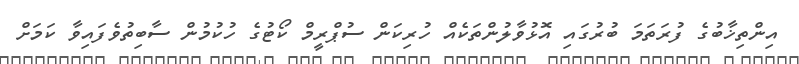
އިންތިޚާބުގެ ފުރަތަމަ ބުރުގައި އޮޅުވާލުންތަކެއް ހުރިކަން ސުޕްރީމް ކޯޓުގެ ހުކުމުން ސާބިތުވެފައިވާ ކަމަށް